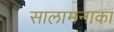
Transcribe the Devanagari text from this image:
सालामनाका